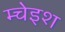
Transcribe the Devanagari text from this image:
म्चेइश